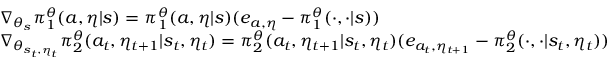
\begin{array} { r l } & { \nabla _ { \theta _ { s } } \pi _ { 1 } ^ { \theta } ( a , \eta | s ) = \pi _ { 1 } ^ { \theta } ( a , \eta | s ) ( e _ { a , \eta } - \pi _ { 1 } ^ { \theta } ( \cdot , \cdot | s ) ) } \\ & { \nabla _ { \theta _ { s _ { t } , \eta _ { t } } } \pi _ { 2 } ^ { \theta } ( a _ { t } , \eta _ { t + 1 } | s _ { t } , \eta _ { t } ) = \pi _ { 2 } ^ { \theta } ( a _ { t } , \eta _ { t + 1 } | s _ { t } , \eta _ { t } ) ( e _ { a _ { t } , \eta _ { t + 1 } } - \pi _ { 2 } ^ { \theta } ( \cdot , \cdot | s _ { t } , \eta _ { t } ) ) } \end{array}